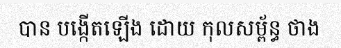
បាន បង្កើតឡើង ដោយ កុលសម្ព័ន្ធ ថាង